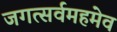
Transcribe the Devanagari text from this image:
जगत्सर्वमहमेव